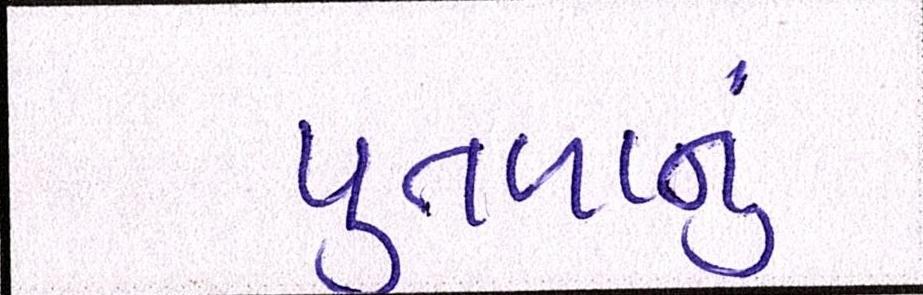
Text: પુતળાનું